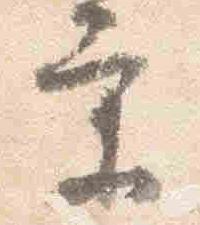
条